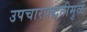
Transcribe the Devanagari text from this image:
उपचारपद्धतीमुळे